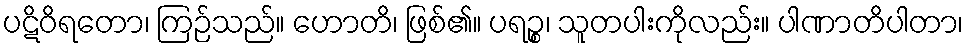
ပဋိဝိရတော၊ ကြဉ်သည်။ ဟောတိ၊ ဖြစ်၏။ ပရဉ္စ၊ သူတပါးကိုလည်း။ ပါဏာတိပါတာ၊